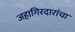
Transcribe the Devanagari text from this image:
जहागिरदारांचा